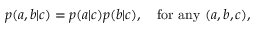
\begin{array} { r } { p ( a , b | c ) = p ( a | c ) p ( b | c ) , \quad \mathrm { f o r ~ a n y ~ } ( a , b , c ) , } \end{array}